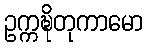
ဥက္ကဍ္ဎိတုကာမော